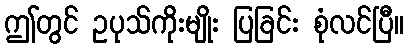
ဤတွင် ဥပုသ်ကိုးမျိုး ပြခြင်း စုံလင်ပြီ။